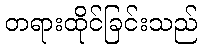
တရားထိုင်ခြင်းသည်